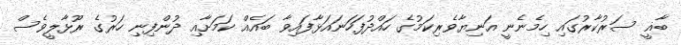
ބާޣީ ސަރުކާރުގައި ހިމެނެނީ އަނިޔާވެރިކަމުގެ ހައްދުފަހަނައަޅާފައިވާ ބައެއް ކަމަށާއި ދުންފިނި ހަރުގެ ރޫޅާލީވެސް